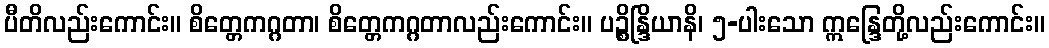
ပီတိလည်းကောင်း။ စိတ္တေကဂ္ဂတာ၊ စိတ္တေကဂ္ဂတာလည်းကောင်း။ ပဉ္စိန္ဒြိယာနိ၊ ၅-ပါးသော ဣန္ဒြေတို့လည်းကောင်း။